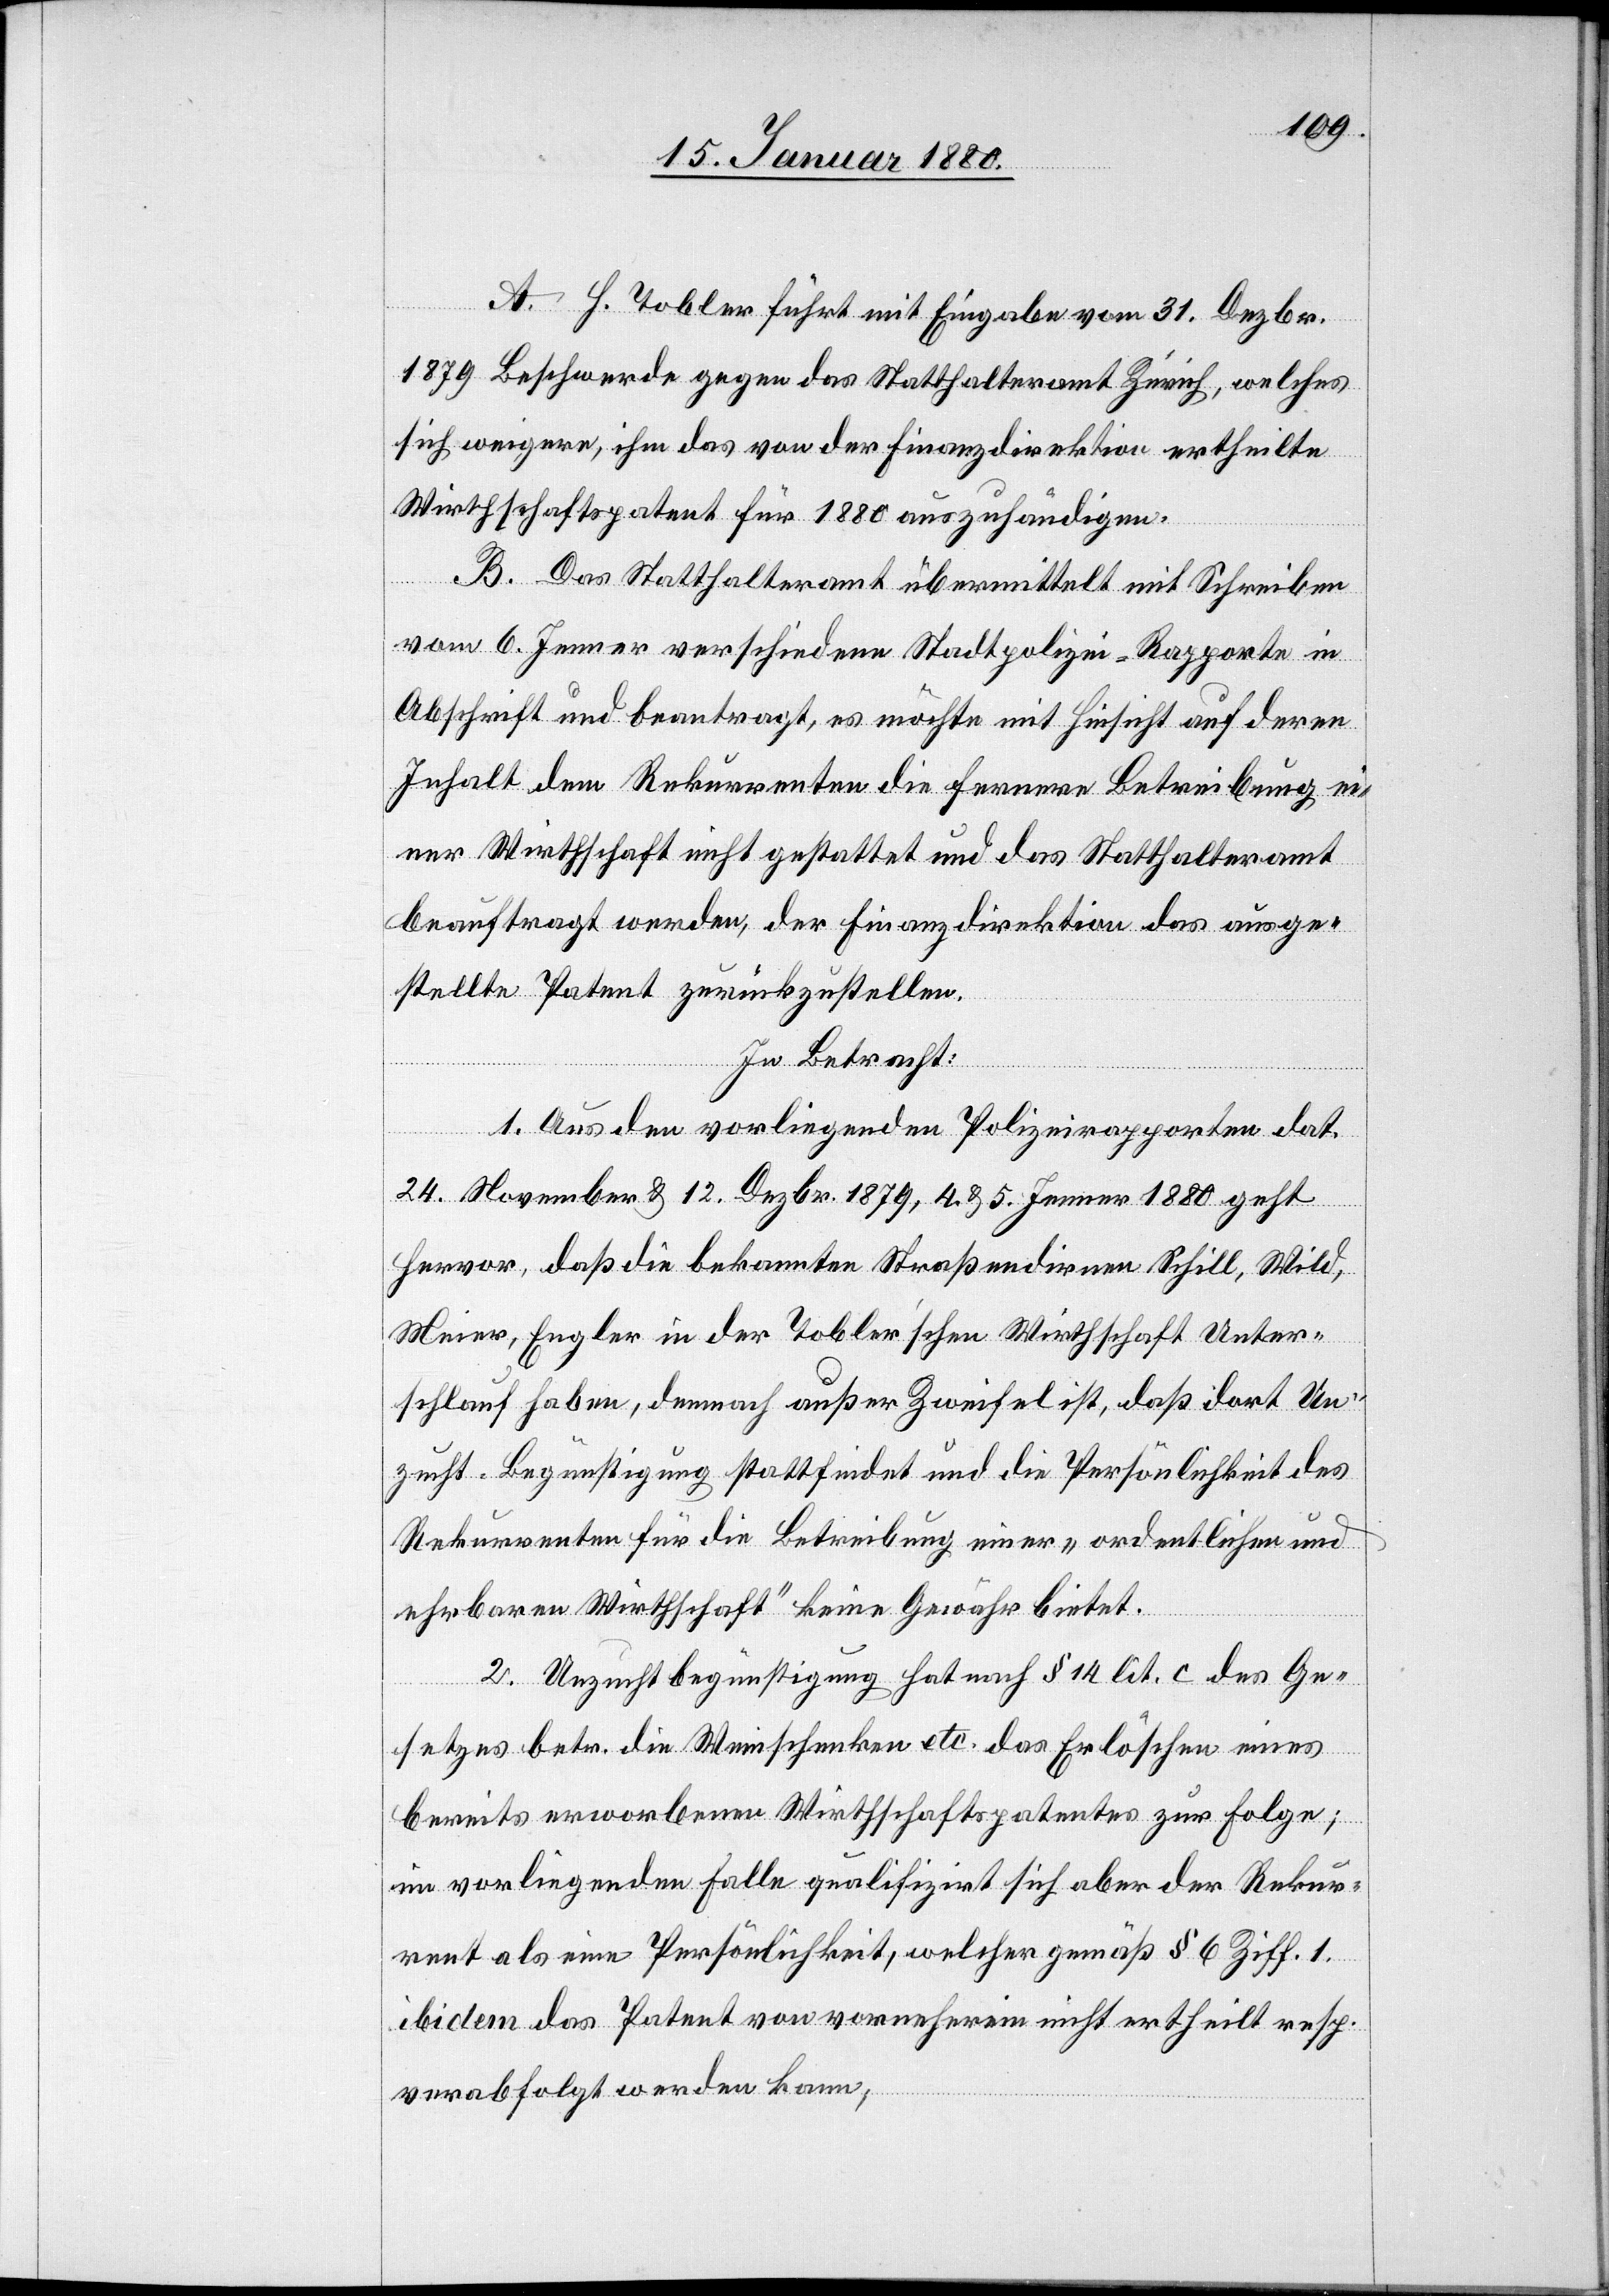
A. H. Tobler führt mit Eingabe vom 31. Dezbr.
1879 Beschwerde gegen das Statthalteramt Zürich, welches
sich weigere, ihm das von der Finanzdirektion ertheilte
Wirthschaftspatent für 1880 auszuhändigen.
B. Das Statthalteramt übermittelt mit Schreiben
vom 6. Jenner verschiedene Stadtpolizei-Rapporte in
Abschrift und beantragt, es möchte mit Hinsicht auf deren
Inhalt dem Rekurrenten die fernere Betreibung ei¬
ner Wirthschaft nicht gestattet und das Statthalteramt
beauftragt werden, der Finanzdirektion das ausge¬
stellte Patent zurückzustellen.
In Betracht:
1. Aus den vorliegenden Polizeirapporten dat.
24. November & 12. Dezbr. 1879, 4. & 5. Jenner 1880 geht
hervor, daß die bekannten Straßendirnen Schill, Wild,
Meier, Engler in der Tobler’schen Wirthschaft Unter¬
schlauf haben, demnach außer Zweifel ist, daß dort Un¬
zucht-Begünstigung stattfindet und die Persönlichkeit des
Rekurrenten für die Betreibung einer „ordentlichen und
ehrbaren Wirthschaft“ keine Gewähr bietet.
2. Unzuchtbegünstigung hat nach § 14 lit. c des Ge¬
setzes betr. die Weinschenken etc. das Erlöschen eines
bereits erworbenen Wirthschaftspatentes zur Folge;
im vorliegenden Falle qualifizirt sich aber der Rekur¬
rent als eine Persönlichkeit, welcher gemäß § 6 Ziff. 1.
ibidem das Patent von vornherein nicht ertheilt resp.
verabfolgt werden kann,